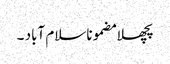
پچھلا مضموناسلام آباد ۔